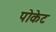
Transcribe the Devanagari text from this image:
पोकेट